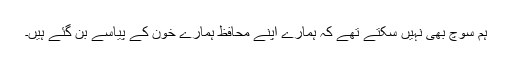
ہم سوچ بھی نہیں سکتے تھے کہ ہمارے اپنے محافظ ہمارے خون کے پیاسے بن گئے ہیں۔